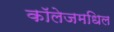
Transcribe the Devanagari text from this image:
काॅलेजमधिल